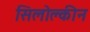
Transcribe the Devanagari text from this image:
सिलोक्लीन